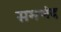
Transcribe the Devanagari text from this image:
समभंद